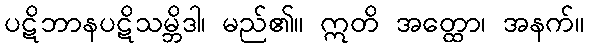
ပဋိဘာနပဋိသမ္ဘိဒါ၊ မည်၏။ ဣတိ အတ္ထော၊ အနက်။